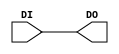
module DI64_STUB (
    input DI, output DO
);
    assign DO = DI;
endmodule